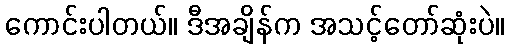
ကောင်းပါတယ်။ ဒီအချိန်က အသင့်တော်ဆုံးပဲ။